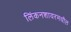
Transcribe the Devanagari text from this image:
लिंकनशायरमधील